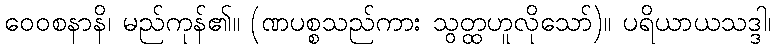
ဝေဝစနာနိ၊ မည်ကုန်၏။ (ဏပစ္စသည်ကား သွတ္ထဟူလိုသော်)။ ပရိယာယသဒ္ဒါ၊